Language: tamil
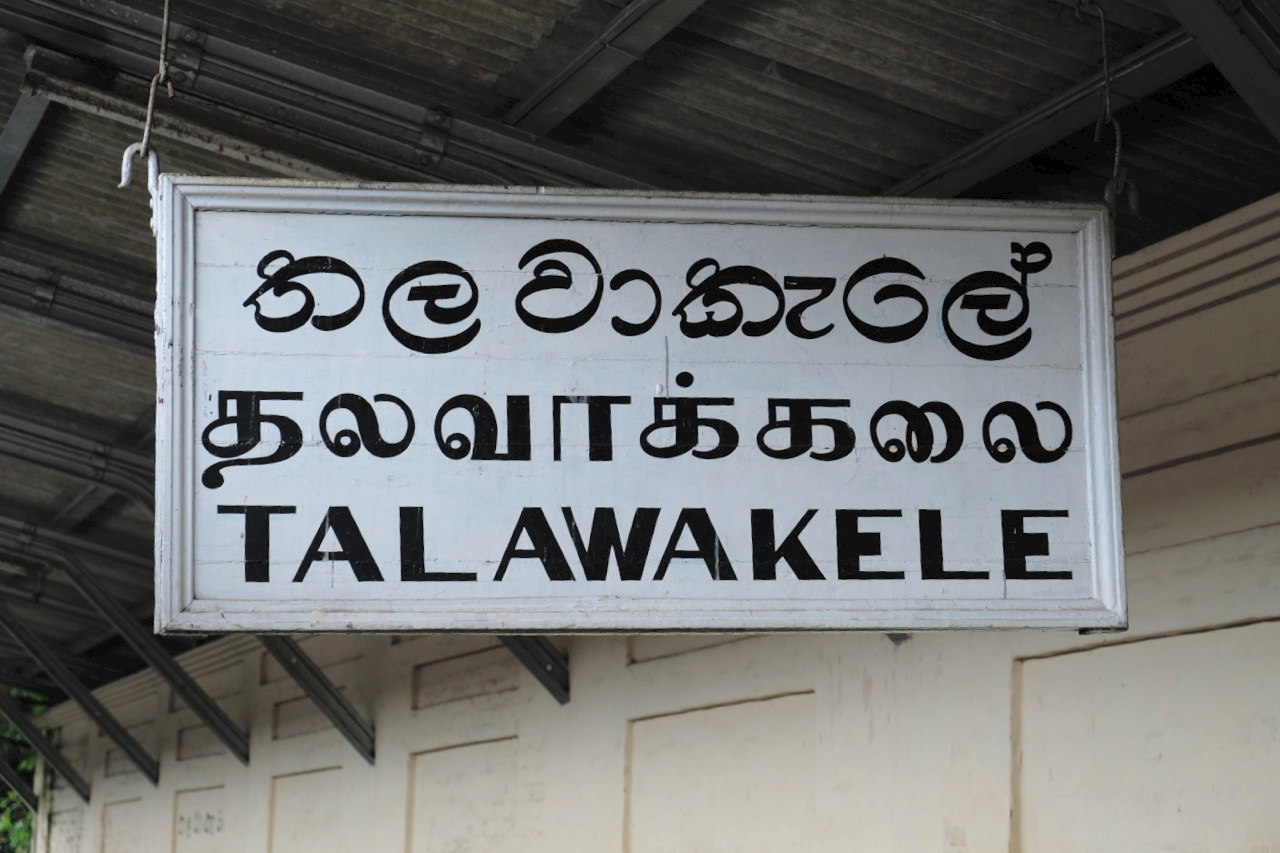
Transcription: தலவாக்கலை